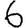
Digit: 6